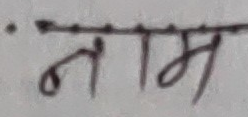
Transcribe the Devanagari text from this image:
नाम